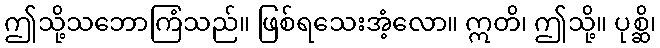
ဤသို့သဘောကြံသည်။ ဖြစ်ရသေးအံ့လော။ ဣတိ၊ ဤသို့။ ပုစ္ဆိ၊